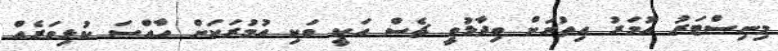
މިނިސްޓަރު އުމަރު އިތުރަށް ވިދާޅުވީ ޗެސް އަކީ ވަކި އުމުރަކަށް ހާއްސަ ކުޅިވަރެއް